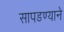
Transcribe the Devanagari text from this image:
सापडण्याने